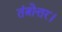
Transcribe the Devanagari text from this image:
तंत्रोत्तर।